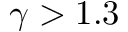
\gamma > 1 . 3